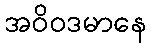
အဝိဝဒမာနေ